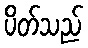
ပိတ်သည်